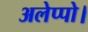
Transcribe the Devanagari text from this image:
अलेप्पो।